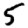
Digit: 5